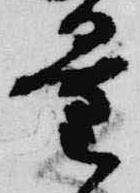
量